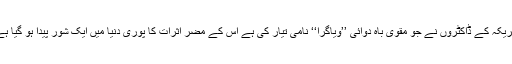
امریکہ کے ڈاکٹروں نے جو مقوی باہ دوائی ’’ویاگرا‘‘ نامی تیار کی ہے اس کے مضر اثرات کا پوری دنیا میں ایک شور پیدا ہو گیا ہے۔